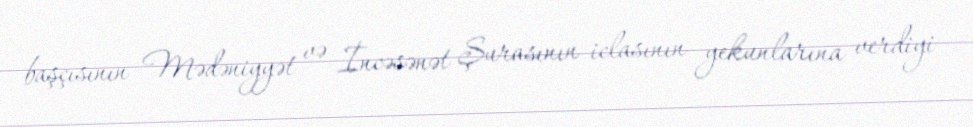
başçısının Mədəniyyət və İncəsənət Şurasının iclasının yekunlarına verdiyi